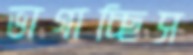
ভাগাচ্ছিস